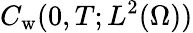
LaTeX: C_{\mathrm w}(0,T;L^{2}(\Omega))